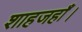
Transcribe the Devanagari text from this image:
शाहजहाँ।